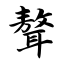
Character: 聱